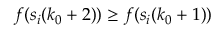
f ( s _ { i } ( k _ { 0 } + 2 ) ) \geq f ( s _ { i } ( k _ { 0 } + 1 ) )